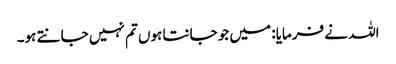
اللہ نے فرمایا: میں جو جانتا ہوں تم نہیں جانتے ہو۔